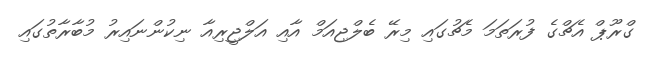
ގްރޫޕް އެޗްގެ ފުރަތަމަ މެޗުގައި މިރޭ ބެލްޖިއަމް އާއި އަލްޖީރިއާ ނިކުންނައިރު މުބާރާތުގައި